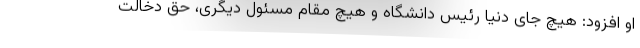
او افزود: هیچ جای دنیا رئیس دانشگاه و هیچ مقام مسئول دیگری، حق دخالت